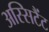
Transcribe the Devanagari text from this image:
अस्सिटैंट